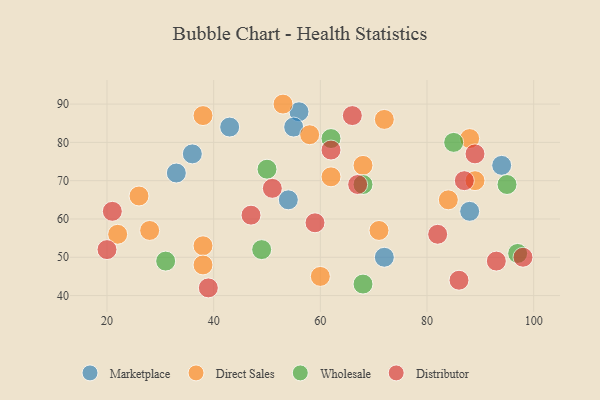
{"axis": {"x": "GDP", "y": "Life Expectancy"}, "legend": ["Direct Sales", "Distributor", "Marketplace", "Wholesale"], "data": [{"x": "94", "y": 74, "type": "Marketplace"}, {"x": "43", "y": 84, "type": "Marketplace"}, {"x": "72", "y": 50, "type": "Marketplace"}, {"x": "54", "y": 65, "type": "Marketplace"}, {"x": "56", "y": 88, "type": "Marketplace"}, {"x": "55", "y": 84, "type": "Marketplace"}, {"x": "88", "y": 62, "type": "Marketplace"}, {"x": "36", "y": 77, "type": "Marketplace"}, {"x": "33", "y": 72, "type": "Marketplace"}, {"x": "71", "y": 57, "type": "Direct Sales"}, {"x": "38", "y": 87, "type": "Direct Sales"}, {"x": "38", "y": 53, "type": "Direct Sales"}, {"x": "22", "y": 56, "type": "Direct Sales"}, {"x": "26", "y": 66, "type": "Direct Sales"}, {"x": "38", "y": 48, "type": "Direct Sales"}, {"x": "88", "y": 81, "type": "Direct Sales"}, {"x": "62", "y": 71, "type": "Direct Sales"}, {"x": "84", "y": 65, "type": "Direct Sales"}, {"x": "28", "y": 57, "type": "Direct Sales"}, {"x": "58", "y": 82, "type": "Direct Sales"}, {"x": "68", "y": 74, "type": "Direct Sales"}, {"x": "53", "y": 90, "type": "Direct Sales"}, {"x": "89", "y": 70, "type": "Direct Sales"}, {"x": "72", "y": 86, "type": "Direct Sales"}, {"x": "60", "y": 45, "type": "Direct Sales"}, {"x": "68", "y": 43, "type": "Wholesale"}, {"x": "50", "y": 73, "type": "Wholesale"}, {"x": "68", "y": 69, "type": "Wholesale"}, {"x": "85", "y": 80, "type": "Wholesale"}, {"x": "49", "y": 52, "type": "Wholesale"}, {"x": "62", "y": 81, "type": "Wholesale"}, {"x": "95", "y": 69, "type": "Wholesale"}, {"x": "97", "y": 51, "type": "Wholesale"}, {"x": "31", "y": 49, "type": "Wholesale"}, {"x": "66", "y": 87, "type": "Distributor"}, {"x": "67", "y": 69, "type": "Distributor"}, {"x": "82", "y": 56, "type": "Distributor"}, {"x": "87", "y": 70, "type": "Distributor"}, {"x": "98", "y": 50, "type": "Distributor"}, {"x": "89", "y": 77, "type": "Distributor"}, {"x": "93", "y": 49, "type": "Distributor"}, {"x": "21", "y": 62, "type": "Distributor"}, {"x": "86", "y": 44, "type": "Distributor"}, {"x": "47", "y": 61, "type": "Distributor"}, {"x": "51", "y": 68, "type": "Distributor"}, {"x": "39", "y": 42, "type": "Distributor"}, {"x": "20", "y": 52, "type": "Distributor"}, {"x": "59", "y": 59, "type": "Distributor"}, {"x": "62", "y": 78, "type": "Distributor"}]}